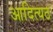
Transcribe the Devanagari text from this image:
आदित्यठ